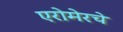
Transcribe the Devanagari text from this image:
एरोमेरचे